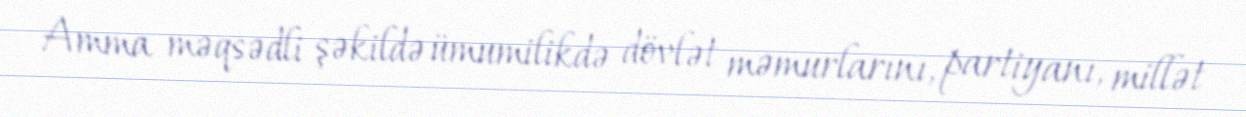
Amma məqsədli şəkildə ümumilikdə dövlət məmurlarını, partiyanı, millət